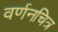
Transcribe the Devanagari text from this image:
वर्णनचित्र